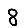
Digit: 8